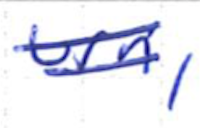
Text: urn,
Cross-out: double-line
Writing tool: ballpoint